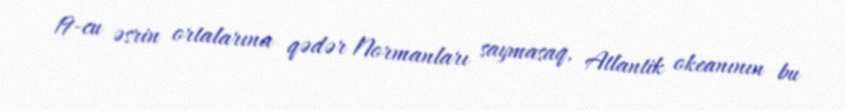
19-cu əsrin ortalarına qədər Normanları saymasaq, Atlantik okeanının bu